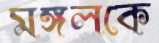
মঙ্গলকে